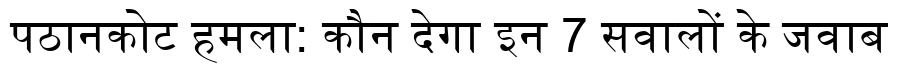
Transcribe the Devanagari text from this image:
पठानकोट हमला: कौन देगा इन 7 सवालों के जवाब